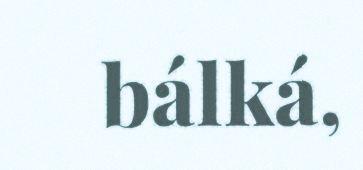
bálká,